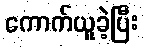
ကောက်ယူခဲ့ပြီး